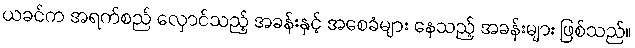
ယခင်က အရက်စည် လှောင်သည့် အခန်းနှင့် အစေခံများ နေသည့် အခန်းများ ဖြစ်သည်။